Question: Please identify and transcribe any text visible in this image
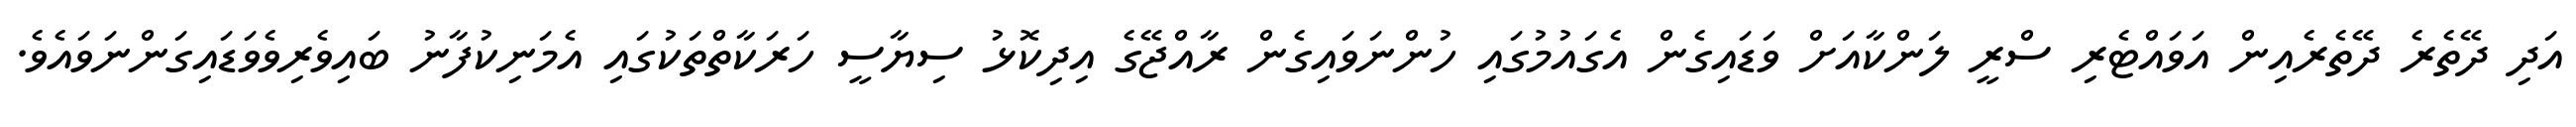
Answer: އަދި ދޭތެރެ ދޭތެރެއިން އަވައްޓެރި ސްރީ ލަންކާއަށް ވަޑައިގެން އެގައުމުގައި ހުންނަވައިގެން ރާއްޖޭގެ އިދިކޮޅު ސިޔާސީ ހަރަކާތްތަކުގައި އެމަނިކުފާނު ބައިވެރިވެވަޑައިގަންނަވައެވެ.